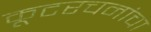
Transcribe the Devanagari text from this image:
कूटरचनांचा